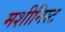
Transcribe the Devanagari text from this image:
मशीनिस्ट